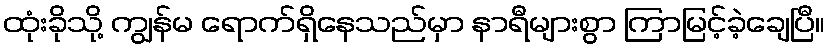
ထုံးခိုသို့ ကျွန်မ ရောက်ရှိနေသည်မှာ နာရီများစွာ ကြာမြင့်ခဲ့ချေပြီ။